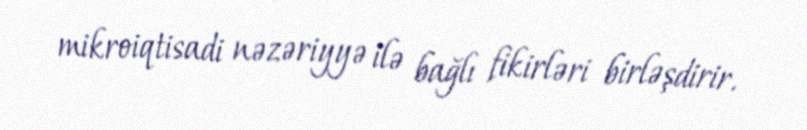
mikroiqtisadi nəzəriyyə ilə bağlı fikirləri birləşdirir.